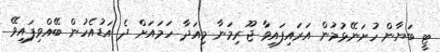
ޓީ ބަޔާން ހުށަނޭޅުމުން އަރައިފައިވާ ޖޫރިމަނާ މިއަދާ ހަމައަށް ދެ އަޑުއެހުން ބޭއްވިފައިވޭ